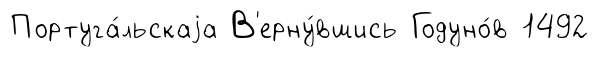
Португа́льскаjа В'ерну́вшись Годуно́в 1492